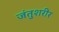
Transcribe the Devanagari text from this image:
जंतुशरीर